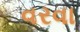
વરવા